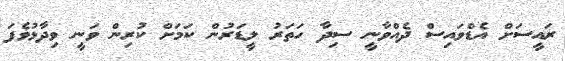
ރައީސަށް އެޑްވައިސް ދެއްވާނީ ސިދާ ހަތަރު ލީޑަރުން ކަމަށް ކުރިން ވަނީ ވިދާޅުވެފަ